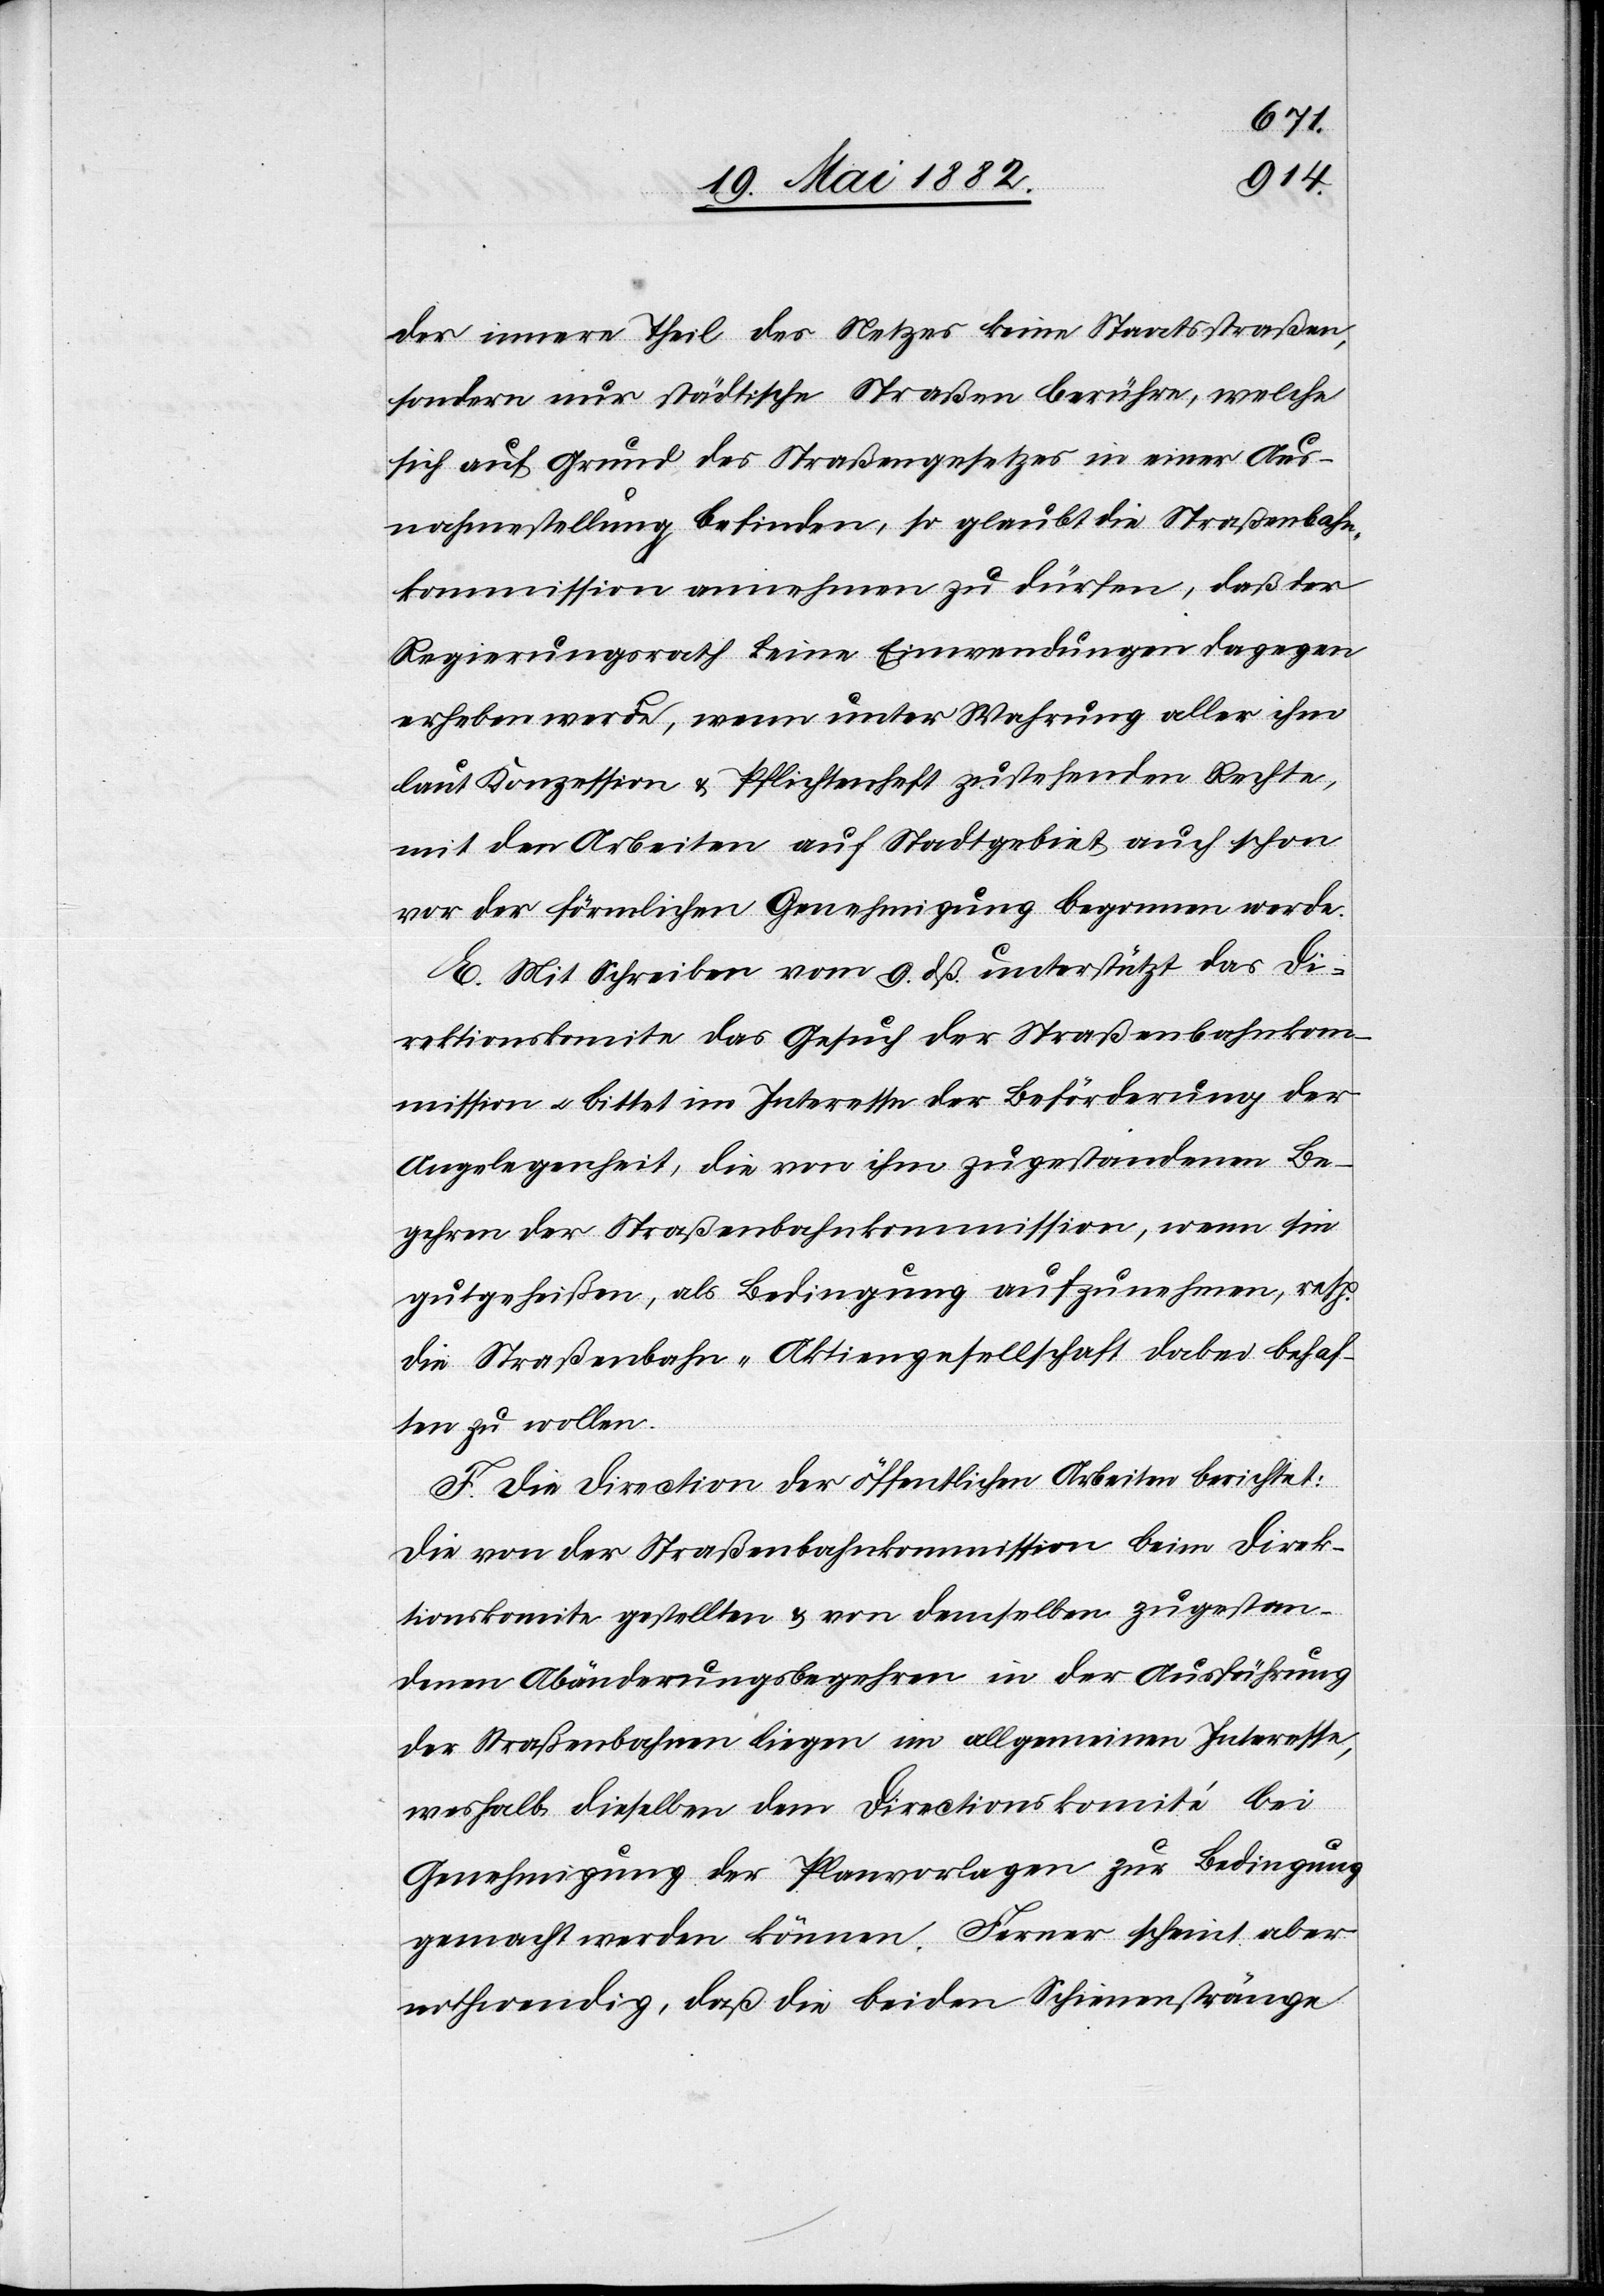
der innere Theil des Netzes keine Staatsstraßen,
sondern nur städtische Straßen berühre, welche
sich auf Grund des Straßengesetzes in einer Aus¬
nahmestellung befinden, so glaube die Straßenbahn¬
kommission annehmen zu dürfen, daß der
Regierungsrath keine Einwendungen dagegen
erheben werde, wenn unter Wahrung aller ihm
laut Konzession & Pflichtenheft zustehenden Rechte,
mit den Arbeiten auf Stadtgebiet auch schon
vor der förmlichen Genehmigung begonnen werde.
E. Mit Schreiben vom 9. dß. unterstützt das Di¬
rektionskomite das Gesuch der Straßenbahnkom¬
mission u. bittet im Interesse der Beförderung der
Angelegenheit, die von ihm zugestandenen Be¬
gehren der Straßenbankommission, wenn sie
gutgeheißen, als Bedingung aufzunehmen, resp.
die Straßenbahn-Aktiengesellschaft dabei behaf¬
ten zu wollen.
F. Die Direction der öffentlichen Arbeiten berichtet:
Die von der Straßenbahnkommission beim Direk¬
tionskomite gestellten & von demselben zugestan¬
denen Abänderungsbegehren in der Ausführung
der Straßenbahnen liege im allgemeinen Interesse,
weshalb dieselben dem Directionkomité bei
Genehmigung der Planvorlagen zur Bedingung
gemacht werden können. Ferner scheint aber
nothwendig, daß die beiden Schienenstränge